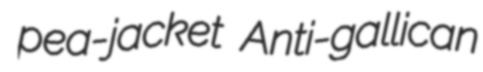
pea-jacket Anti-gallican